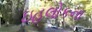
ઇહલોકના